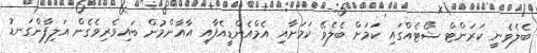
ބެލެވެނީ ކަރަންޓް ޝޯޓެއްގައި ކަމަށް ބެލެވޭ ކަމަށާއި އެމްއެންޑީއެފާއި އާއާންމުން ބައިވެރިވެގެން އަލިފާންގަނޑު